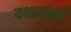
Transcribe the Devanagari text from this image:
यथासंख्यं